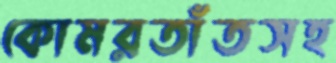
কোমরতাঁতসহ